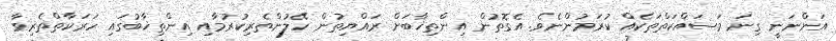
އަންނަނީ ގިނަ މަސައްކަތްތަކެއް ކުރަމުންނެވެ. އެގޮތުން އިންތިޚާބަށް ރައްޔިތުން ހޭލުންތެރިކުރުމާއި އިންތިޚާބުގައި ހަރަކާތްތެރިވާ